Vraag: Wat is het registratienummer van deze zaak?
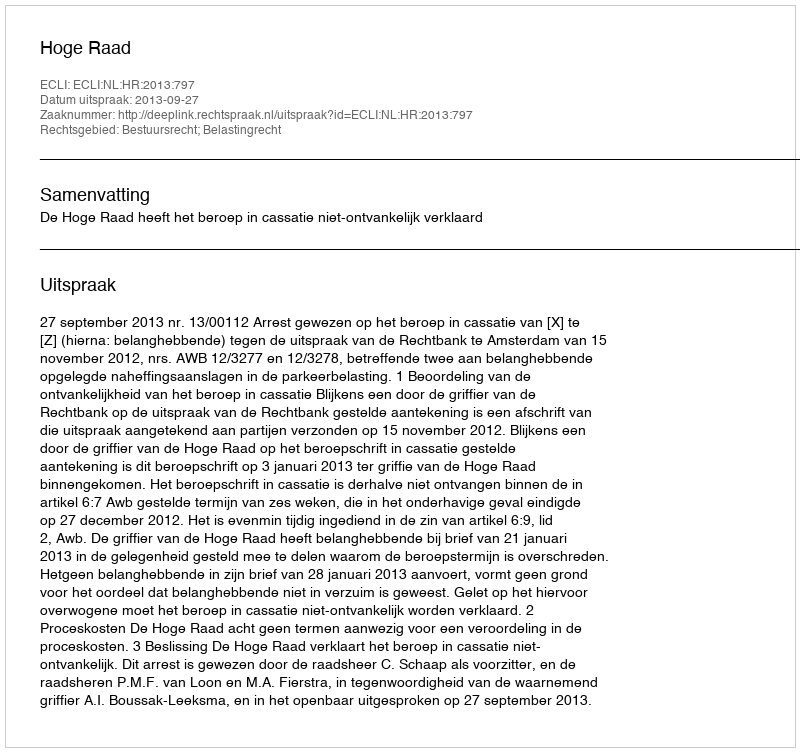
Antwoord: http://deeplink.rechtspraak.nl/uitspraak?id=ECLI:NL:HR:2013:797